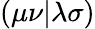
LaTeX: \left(\mu\nu|\lambda\sigma\right)